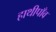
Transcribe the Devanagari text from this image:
हाथीपाँव